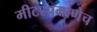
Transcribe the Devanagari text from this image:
मीटरप्रमाणेच